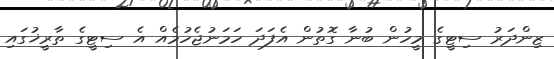
ޒިންދަރު ސިޓީގެ މީހުން ބުނާ ގޮތުން އެފަދަ ހަމަނުޖެހުމެއް އެ ސިޓީގެ ތާރީޚުގައި